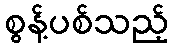
စွန့်ပစ်သည့်